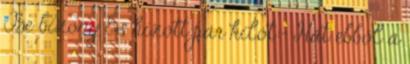
Be bizony És hízott pár kilót:- Hát ebből a